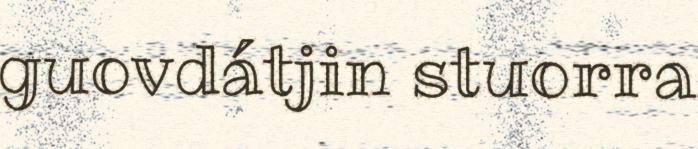
guovdátjin stuorra